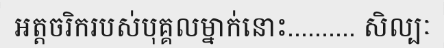
អត្តចរិករបស់បុគ្គលម្នាក់នោះ.......... សិល្បៈ